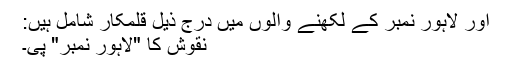
اور لاہور نمبر کے لکھنے والوں میں درج ذیل قلمکار شامل ہیں:
نقوش کا "لاہور نمبر" پی۔